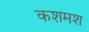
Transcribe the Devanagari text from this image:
कशमश